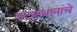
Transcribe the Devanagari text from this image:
बलस्थानांचे